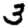
Digit: 3